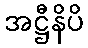
အဋ္ဌီနိပိ